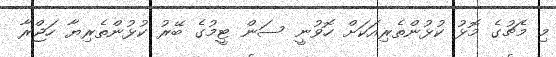
މި މެޗުގެ މޮޅު ކުޅުންތެރިއަކަށް ހޮވުނީ ސަން ޓީމުގެ ބޭރު ކުޅުންތެރިޔާ ހަޖްރާ